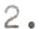
2.